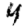
Digit: 4